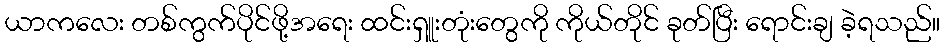
ယာကလေး တစ်ကွက်ပိုင်ဖို့အရေး ထင်းရှူးတုံးတွေကို ကိုယ်တိုင် ခုတ်ပြီး ရောင်းချ ခဲ့ရသည်။